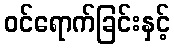
ဝင်ရောက်ခြင်းနှင့်